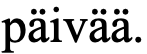
päivää.